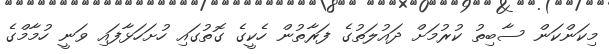
މިކަންކަން ސާބިތު ކުރުމަށް ދައުލަތުގެ ފަރާތުން ހެކީގެ ގޮތުގައި ހުށަހަޅާފައި ވަނީ ހުމާމްގެ